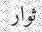
ثوار